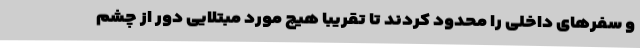
و سفرهای داخلی را محدود کردند تا تقریبا هیچ مورد مبتلایی دور از چشم